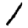
Digit: 1